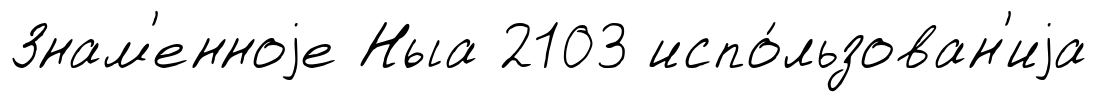
Знам'енноjе Ныа 2103 испо́льзован'иjа